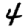
Digit: 4